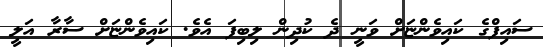
ސައިފްގެ ކައިވެންޏަށް ވަނީ ދެ ކުދިން ލިބިފަ އެވެ. ކައިވެންޏަށް ސާރާ އަލީ